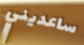
ساعديني